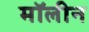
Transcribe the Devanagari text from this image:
मॉलीन